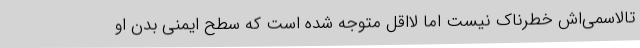
تالاسمی‌اش خطرناک نیست اما لااقل متوجه شده است که سطح ایمنی بدن او